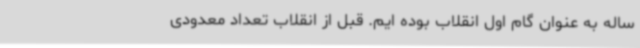
ساله به عنوان گام اول انقلاب بوده ایم. قبل از انقلاب تعداد معدودی